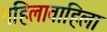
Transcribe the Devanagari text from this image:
पहिलावाहिला